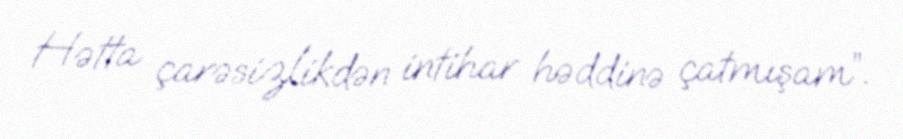
Hətta çarəsizlikdən intihar həddinə çatmışam”.